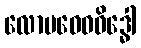
လောမဝေဓဝိဒ္ဓေါ